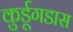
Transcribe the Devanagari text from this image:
कुर्डूगडास